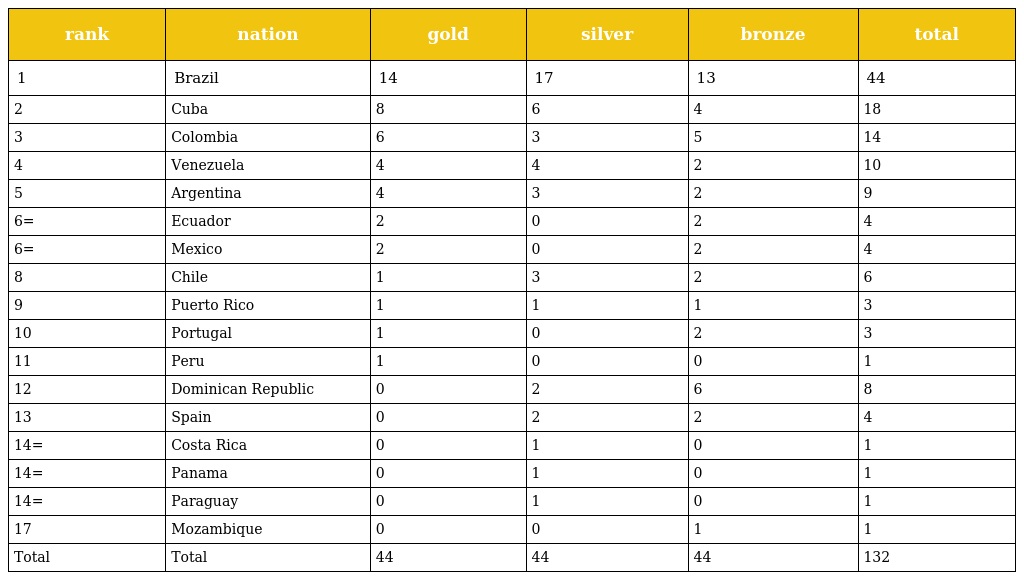
| rank | nation | gold | silver | bronze | total |
 | --- | --- | --- | --- | --- | --- |
 | 1 | Brazil | 14 | 17 | 13 | 44 |
 | 2 | Cuba | 8 | 6 | 4 | 18 |
 | 3 | Colombia | 6 | 3 | 5 | 14 |
 | 4 | Venezuela | 4 | 4 | 2 | 10 |
 | 5 | Argentina | 4 | 3 | 2 | 9 |
 | 6= | Ecuador | 2 | 0 | 2 | 4 |
 | 6= | Mexico | 2 | 0 | 2 | 4 |
 | 8 | Chile | 1 | 3 | 2 | 6 |
 | 9 | Puerto Rico | 1 | 1 | 1 | 3 |
 | 10 | Portugal | 1 | 0 | 2 | 3 |
 | 11 | Peru | 1 | 0 | 0 | 1 |
 | 12 | Dominican Republic | 0 | 2 | 6 | 8 |
 | 13 | Spain | 0 | 2 | 2 | 4 |
 | 14= | Costa Rica | 0 | 1 | 0 | 1 |
 | 14= | Panama | 0 | 1 | 0 | 1 |
 | 14= | Paraguay | 0 | 1 | 0 | 1 |
 | 17 | Mozambique | 0 | 0 | 1 | 1 |
 | Total | Total | 44 | 44 | 44 | 132 |